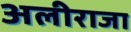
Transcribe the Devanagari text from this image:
अलीराजा